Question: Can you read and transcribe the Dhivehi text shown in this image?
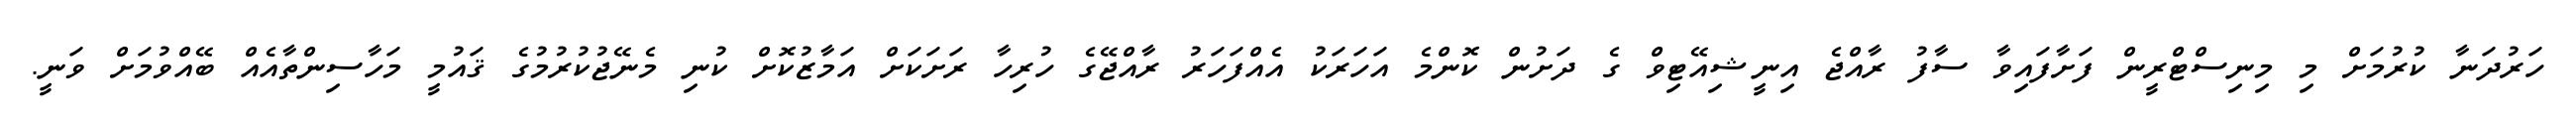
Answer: ހަރުދަނާ ކުރުމަށް މި މިނިސްޓްރީން ފަށާފައިވާ ސާފު ރާއްޖެ އިނީޝިއޭޓިވް ގެ ދަށުން ކޮންމެ އަހަރަކު އެއްފަހަރު ރާއްޖޭގެ ހުރިހާ ރަށަކަށް އަމާޒުކޮށް ކުނި މެނޭޖުކުރުމުގެ ޤައުމީ މަހާސިންތާއެއް ބޭއްވުމަށް ވަނީ.